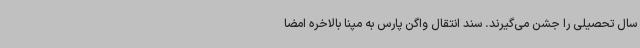
سال تحصیلی را جشن می‌گیرند. سند انتقال واگن پارس به مپنا بالاخره امضا